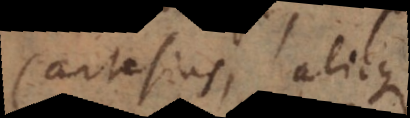
Cartesius, aliique